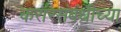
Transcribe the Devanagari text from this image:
करारसंबंधीच्या